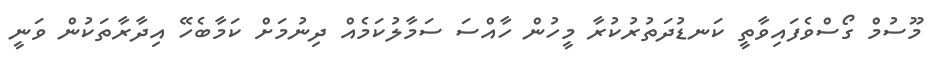
މޫސުމް ގޯސްވެފައިވާތީ ކަނޑުދަތުރުކުރާ މީހުން ހާއްސަ ސަމާލުކަމެއް ދިނުމަށް ކަމާބެހޭ އިދާރާތަކުން ވަނީ